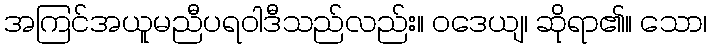
အကြင်အယူမညီပရဝါဒီသည်လည်း။ ဝဒေယျ၊ ဆိုရာ၏။ သော၊